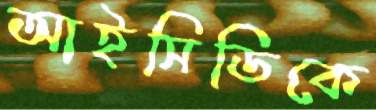
আইসিডিকে